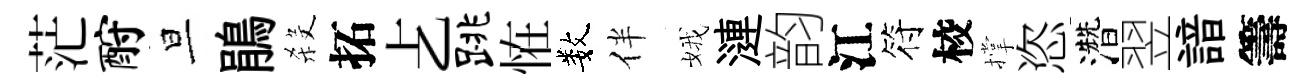
茫酹旦鵑殺拓𠧒跳恠数伴娥漣韵江符校撑恣濳翌諳籌